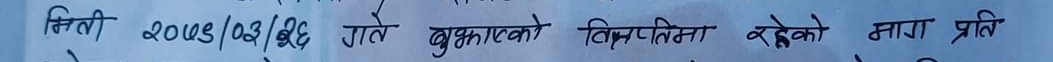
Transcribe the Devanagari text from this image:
मिति २०७९/०३/२६ गते शुक्रबारको विज्ञाप्तिमार्फत